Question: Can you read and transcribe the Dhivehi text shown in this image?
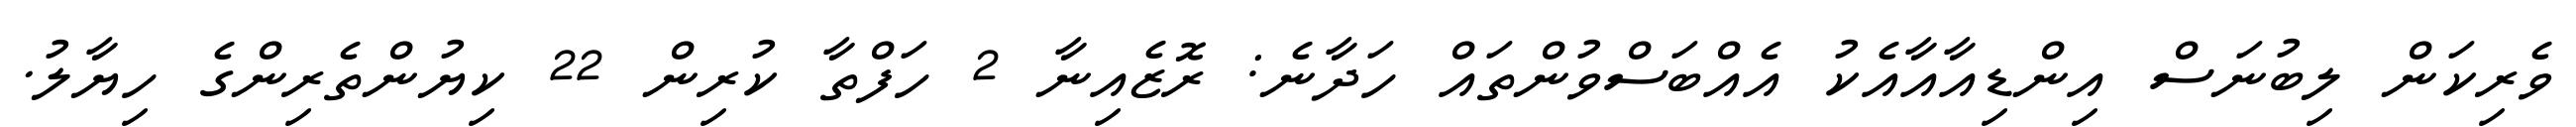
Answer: ވެރިކަން ލިބުނަސް އިންޑިއާއާއެކު އެއްބަސްވުންތައް ހަދާނެ: ރޮޒެއިނާ 2 ހަފްތާ ކުރިން 22 ކިޔުންތެރިންގެ ހިޔާލު.